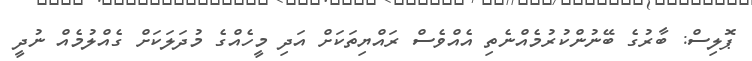
ޕޮލިސް: ބާރުގެ ބޭނުންކުރުމެއްނެތި އެއްވެސް ރައްޔިތަކަށް އަދި މީހެއްގެ މުދަލަކަށް ގެއްލުމެއް ނުދީ